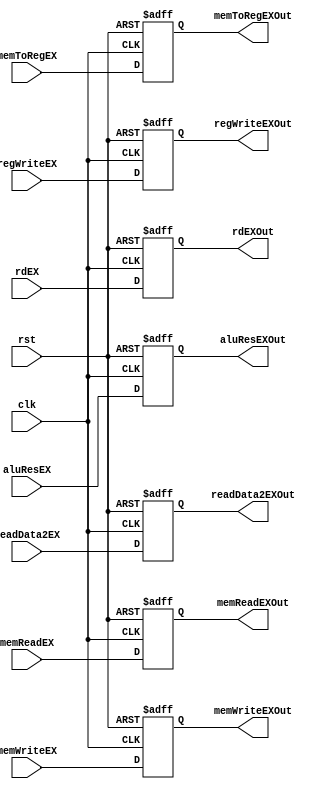
module EXMEMReg(
	// inputs
	input clk,
	input rst,
		// MEM
	input memReadEX, memWriteEX,
		// WB
	input memToRegEX,
	input regWriteEX,
		// comb
	input [7:0] aluResEX,
	input [7:0] readData2EX,
	input [2:0] rdEX,
	// outputs
		// MEM
	output reg memReadEXOut, memWriteEXOut,
		// WB
	output reg memToRegEXOut,
	output reg regWriteEXOut,
		// comb
	output reg [7:0] aluResEXOut,
	output reg [7:0] readData2EXOut,
	output reg [2:0] rdEXOut
);

	always @(posedge clk or posedge rst) begin
		if(rst) begin
			memReadEXOut 	<= 1'b0;
			memWriteEXOut 	<= 1'b0;
			memToRegEXOut 	<= 1'b0;
			regWriteEXOut 	<= 1'b0;
			aluResEXOut 	<= 8'b0;
			readData2EXOut 	<= 8'b0;
			rdEXOut 		<= 3'b0;
		end
		else begin
			memReadEXOut 	<= memReadEX;
			memWriteEXOut 	<= memWriteEX;
			memToRegEXOut 	<= memToRegEX;
			regWriteEXOut 	<= regWriteEX;
			aluResEXOut 	<= aluResEX;
			readData2EXOut 	<= readData2EX;
			rdEXOut 		<= rdEX;
		end
	end

endmodule